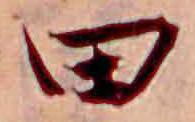
田